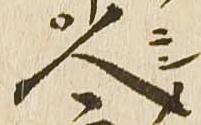
人